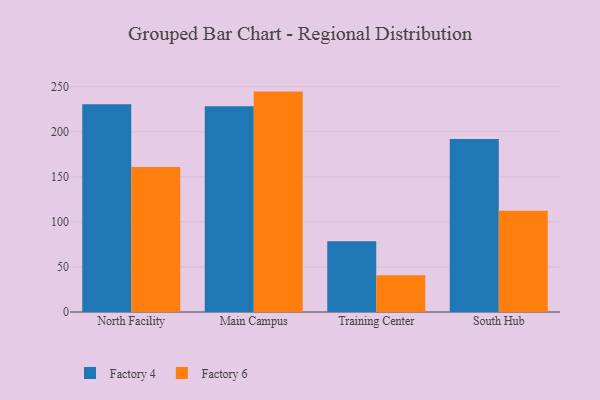
{"axis": {"x": "Campus", "y": "Shipments"}, "legend": ["Factory 4", "Factory 6"], "data": [{"x": "North Facility", "y": 230.5, "type": "Factory 4"}, {"x": "North Facility", "y": 160.8, "type": "Factory 6"}, {"x": "Main Campus", "y": 228.4, "type": "Factory 4"}, {"x": "Main Campus", "y": 244.6, "type": "Factory 6"}, {"x": "Training Center", "y": 78.4, "type": "Factory 4"}, {"x": "Training Center", "y": 40.9, "type": "Factory 6"}, {"x": "South Hub", "y": 192.0, "type": "Factory 4"}, {"x": "South Hub", "y": 112.5, "type": "Factory 6"}]}